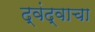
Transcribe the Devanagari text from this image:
द्वंद्वाचा